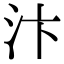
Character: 汴